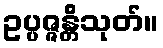
ဥပ္ပဇ္ဇန္တိသုတ်။